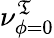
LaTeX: \nu_{\phi=0}^{\mathfrak{T}}